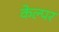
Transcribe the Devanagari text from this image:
केल्पर